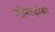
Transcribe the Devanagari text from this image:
टोम्तेबोडा